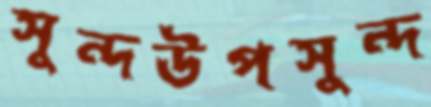
সুন্দউপসুন্দ